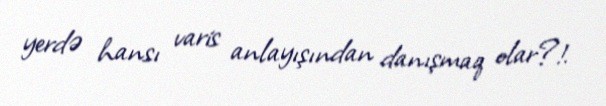
yerdə hansı varis anlayışından danışmaq olar?!.